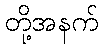
တို့အနက်